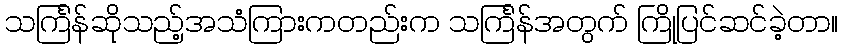
သင်္ကြန်ဆိုသည့်အသံကြားကတည်းက သင်္ကြန်အတွက် ကြိုပြင်ဆင်ခဲ့တာ။